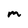
Character: m